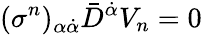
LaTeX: (\sigma^{n})_{\alpha\dot{\alpha}}\bar{D}^{\dot{\alpha}}V_{n}=0